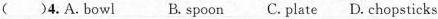
( )4.A.bowl B.spoon C.plate D. chopsticks